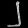
Digit: ၂